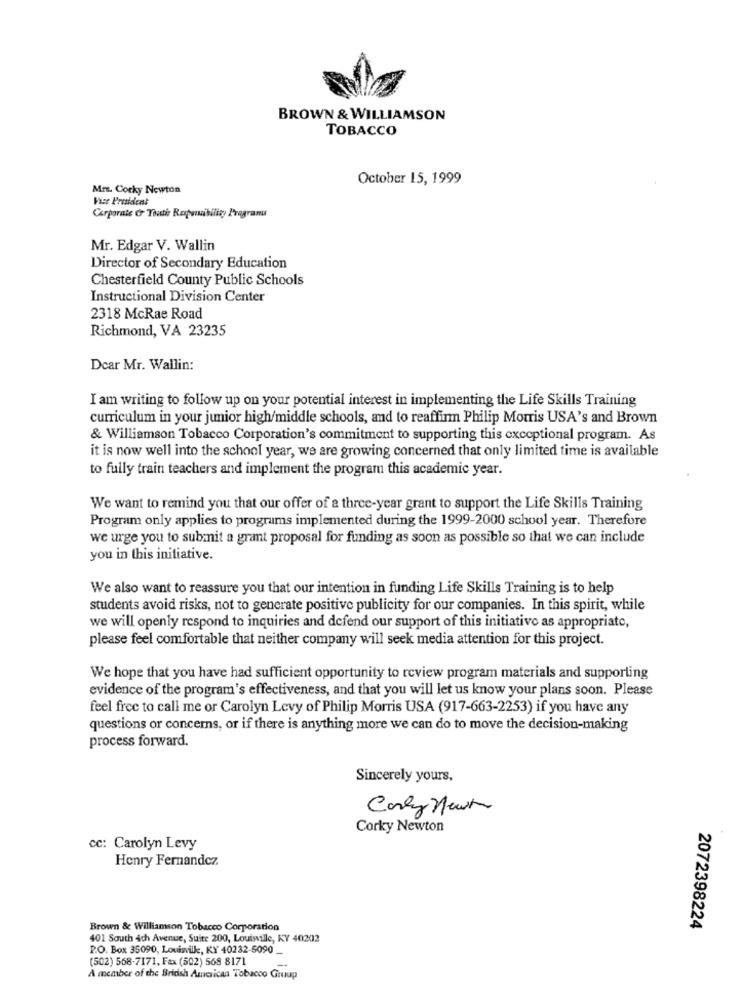
BROWN & WILLIAMSON
TOBACCO
October 15, 1999
Mrs. Corky Newton
Vice President
Corporate & Youth Raposibility Programs
Mr. Edgar V. Wallin
Director of Secondary Education
Chesterfield County Public Schools
Instructional Division Center
2318 McRae Road
Richmond, VA 23235
Dear Mr. Wallin:
I am writing to follow up on your potential interest in implementing the Life Skills Training
curriculum in your junior high/middle schools, and to reaffir Philip Morris USA's and Brown
& Williamson Tobacco Corporation's commitment to supporting this exceptional program. As
it is now well into the school year, we are growing concerned that only limited time is available
to fully train teachers and implement the program this academic year.
We want to remind you that our offer of a three-year grant to support the Life Skills Training
Program only applies to programs implemented during the 1999-2000 school year. Therefore
we urge you to submit a grant proposal for funding as soon as possible so that we can include
you in this initiative.
We also want to reassure you that our intention in funding Life Skills Training is to help
students avoid risks, not to generate positive publicity for our companies. In this spirit, while
we will openly respond to inquiries and defend our support of this initiative as appropriate,
please feel comfortable that neither company will seek media attention for this project.
We hope that you have had sufficient opportunity to review program materials and supporting
evidence of the program's effectiveness, and that you will let us know your plans soon. Please
feel free to call me or Carolyn Levy of Philip Morris USA (917-663-2253) if you have any
questions or concerns, or if there is anything more we can do to move the decision-making
process forward.
Sincerely yours,
Candy Newt
Corky Newton
cc: Carolyn Levy
Henry Fernandez
Brown & Williamson Tobacco Corporation
2072398224
401 South 4ch Avenue, Suite 200, Louisville, KY 40202
P.O. Box 35090, Louisville, KY 40232-5090 __
(502) 568-7171, Fax (502) 568 8171
A member of the British American Tobacco Group